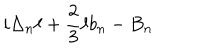
i \Delta _ { n } \ell + { \frac { 2 } { 3 } } \ell b _ { n } - B _ { n }